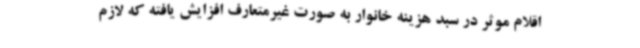
اقلام موثر در سبد هزینه خانوار به صورت غیرمتعارف افزایش یافته که لازم